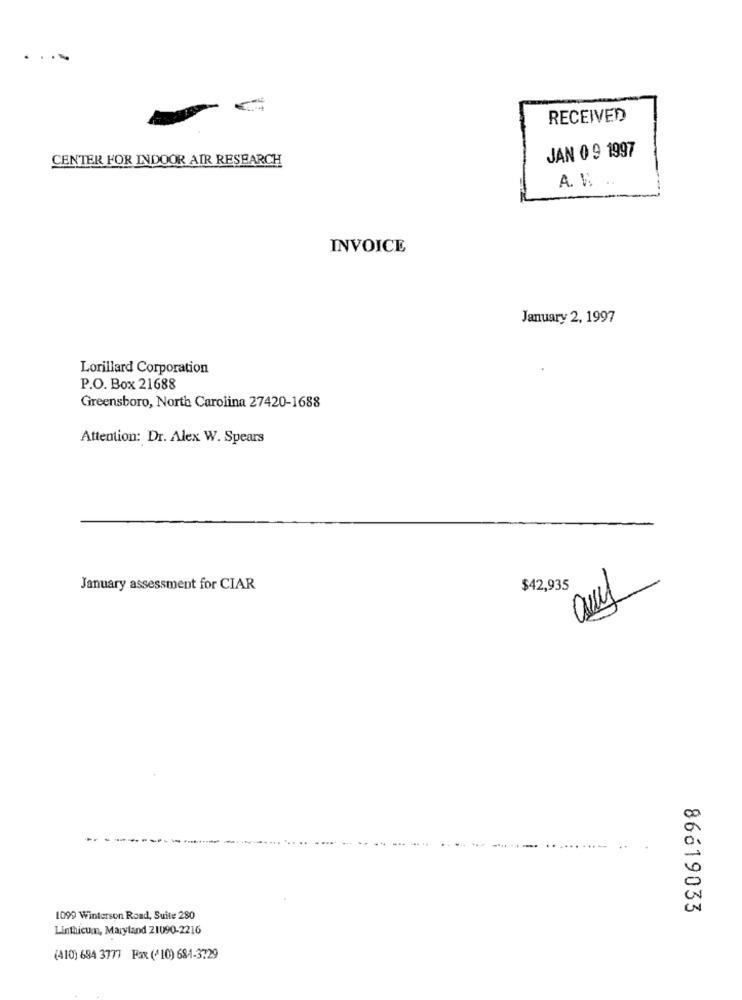
RECEIVED
JAN 0 9 1997
CENTER FOR INDOOR AIR RESEARCH
A. W
INVOICE
January 2, 1997
Lorillard Corporation
P.O. Box 21688
Greensboro, North Carolina 27420-1688
Attention: Dr. Alex W. Spears
January assessment for CIAR
$42,935
86619033
1099 Winterson Road, Suite 280
Linthicum, Maryland 21090-2216
(410) 694 3777 Fax (*10) 684-3729